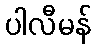
ပါလီမန်